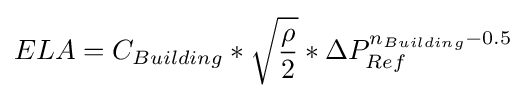
ELA=C_{Building}*{\sqrt {\rho  \over 2}}*{\Delta }P_{Ref}^{n_{Building}-0.5}\,\!